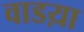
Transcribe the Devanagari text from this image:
वाडय़ा